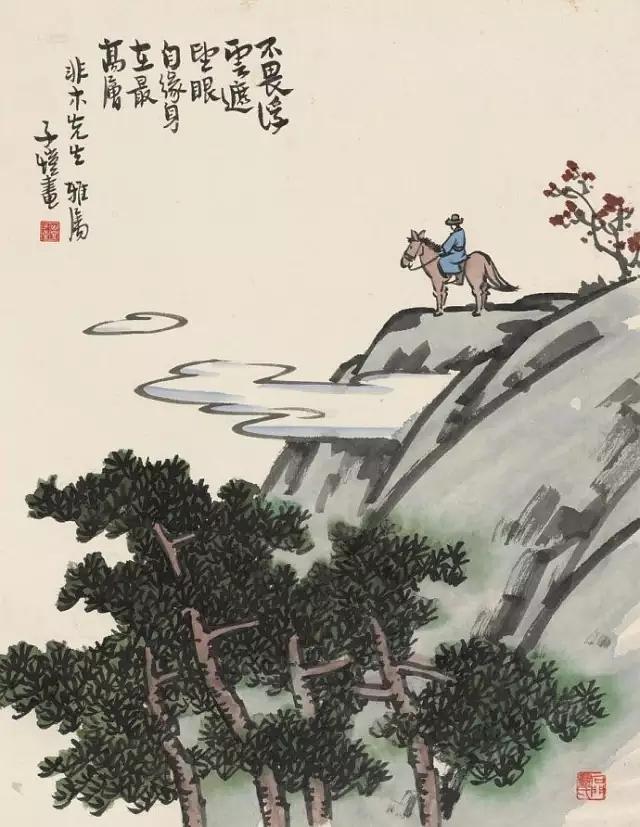
飞来山上千寻塔，闻说鸡鸣见日升。